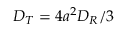
D _ { T } = 4 a ^ { 2 } D _ { R } / 3